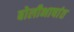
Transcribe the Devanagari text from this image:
बोलीभाषांत